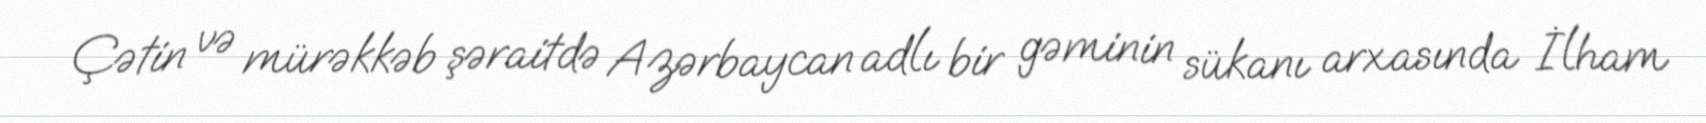
Çətin və mürəkkəb şəraitdə Azərbaycan adlı bir gəminin sükanı arxasında İlham